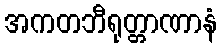
အကတဘီရုတ္တာဏာနံ